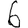
Digit: 6